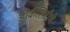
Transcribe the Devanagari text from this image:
डोकॅलिटीचे